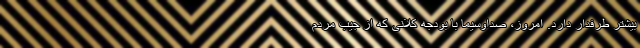
بیشتر طرفدار دارد. امروز، صداوسیما با بودجه کلانی که از جیب مردم